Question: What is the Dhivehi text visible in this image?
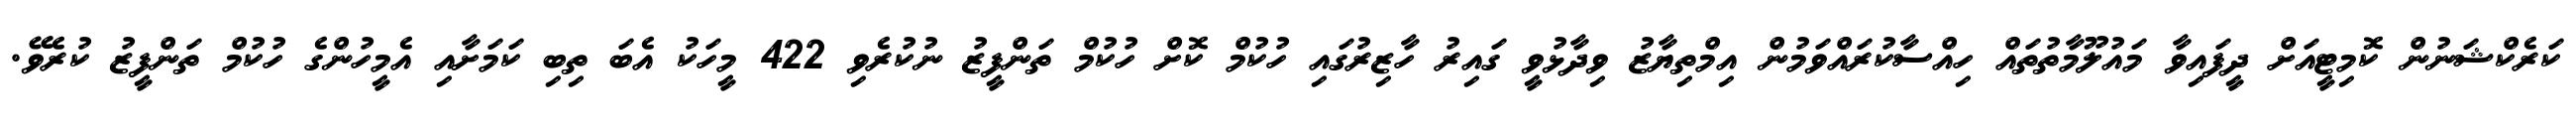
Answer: ކަރެކްޝަނުން ކޮމިޓީއަށް ދީފައިވާ މައުލޫމާތުތައް ހިއްސާކުރައްވަމުން އިމްތިޔާޒު ވިދާޅުވީ ގައިރު ހާޒިރުގައި ހުކުމް ކޮށް ހުކުމް ތަންފީޒު ނުކުރެވި 422 މީހަކު އެބަ ތިބި ކަމަށާއި އެމީހުންގެ ހުކުމް ތަންފީޒު ކުރެވޭ.